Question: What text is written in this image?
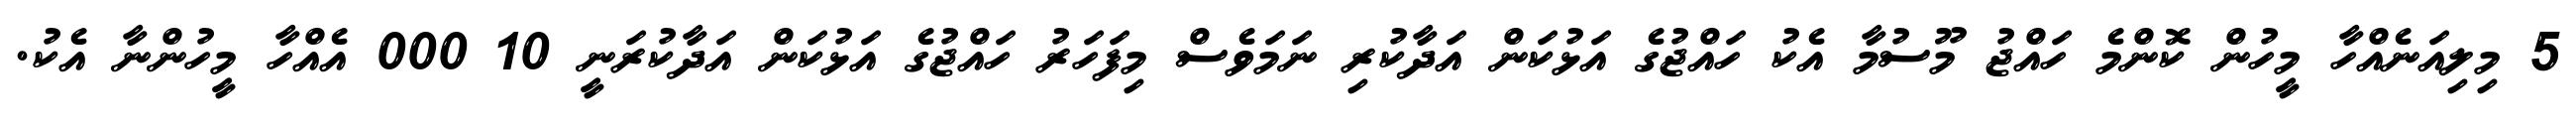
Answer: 5 މިލިއަނެއްހާ މީހުން ކޮންމެ ހައްޖު މޫސުމާ އެކު ހައްޖުގެ އަޅުކަން އަދާކުރި ނަމަވެސް މިފަހަރު ހައްޖުގެ އަޅުކަން އަދާކުރަނީ 10 000 އެއްހާ މީހުންނާ އެކު.